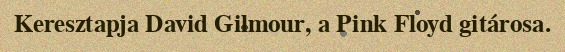
Keresztapja David Gilmour, a Pink Floyd gitárosa.